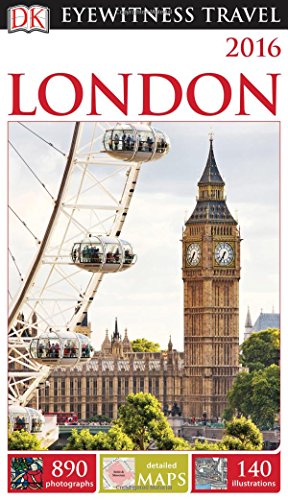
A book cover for DK Eyewitness Travel Guide: London; DK Publishing; Travel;